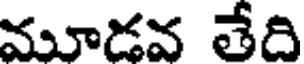
మూడవ తేది